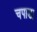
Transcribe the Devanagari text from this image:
चपाडा